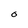
Character: O